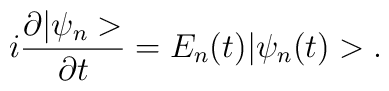
i\frac{\partial |\psi_{n}>}{\partial t}=E_{n}(t)|\psi_{n}(t)>.